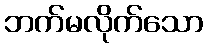
ဘက်မလိုက်သော